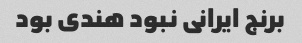
برنج ایرانی نبود هندی بود